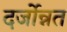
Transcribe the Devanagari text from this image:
दर्जोन्नत